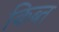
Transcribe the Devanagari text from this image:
किब्त